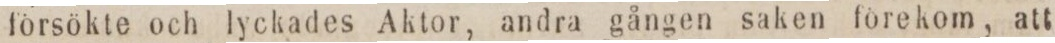
försökte och lyckades Aktor, andra gången saken förekom, att